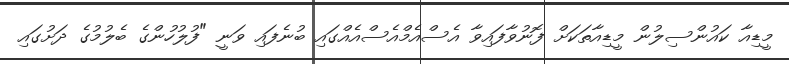
މީޑިއާ ކައުންސިލުން މީޑިއާތަކަށް ފޮނުވާފައިވާ އެސްއެމްއެސްއެއްގައި ބުނެފައި ވަނީ "ފުލުހުންގެ ބެލުމުގެ ދަށުގައި